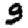
Digit: 9